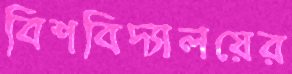
বিশবিদ্যালয়ের